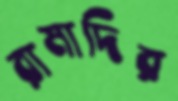
রামাদির